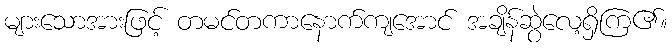
များသောအားဖြင့် တမင်တကာနောက်ကျအောင် အချိန်ဆွဲလေ့ရှိကြ၏။